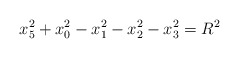
\begin{align*}x_5^2+x_0^2-x_1^2-x_2^2-x_3^2=R^2\end{align*}